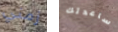
زمني ساعدتك